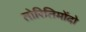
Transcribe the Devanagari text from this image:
तोरितिमोंदो